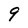
Character: 9